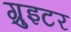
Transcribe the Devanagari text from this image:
ग्रुइटर